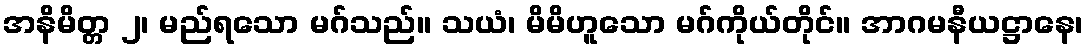
အနိမိတ္တ ၂၊ မည်ရသော မဂ်သည်။ သယံ၊ မိမိဟူသော မဂ်ကိုယ်တိုင်။ အာဂမနီယဋ္ဌာနေ၊